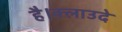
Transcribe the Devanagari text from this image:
है।क्लाउदे